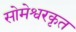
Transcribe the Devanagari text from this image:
सोमेश्वरकृत